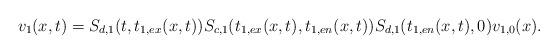
LaTeX: \begin{align*} v_1(x,t)=S_{d,1}(t,t_{1,ex}(x,t))S_{c,1}(t_{1,ex}(x,t),t_{1,en}(x,t))S_{d,1}(t_{1,en}(x,t),0)v_{1,0}(x).\end{align*}